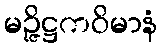
မဉ္ဇိဋ္ဌကဝိမာနံ